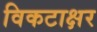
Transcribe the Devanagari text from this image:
विकटाक्षर